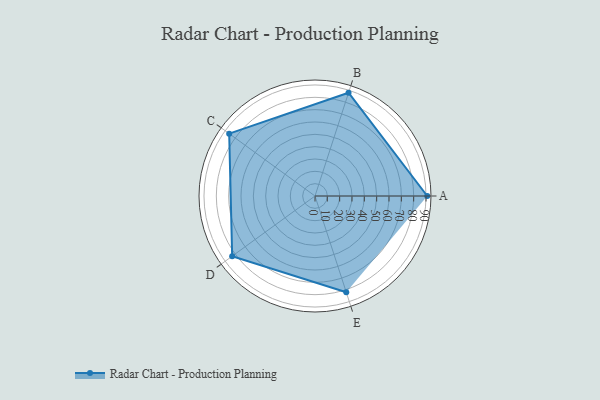
{"axis": {"x": "Skill", "y": "Score"}, "legend": ["Profile"], "data": [{"x": "A", "y": 91.0, "type": "Profile"}, {"x": "B", "y": 88.0, "type": "Profile"}, {"x": "C", "y": 86.0, "type": "Profile"}, {"x": "D", "y": 83.0, "type": "Profile"}, {"x": "E", "y": 82.0, "type": "Profile"}]}